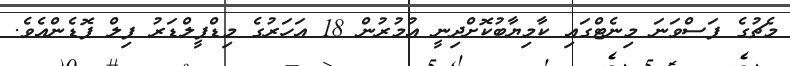
މެޗުގެ ފަސްވަނަ މިނެޓްގައި ކާމިޔާބުކޮށްދިނީ އުމުރުން 18 އަހަރުގެ މިޑްފީލްޑަރު ފިލް ފޮޑެންއެވެ.